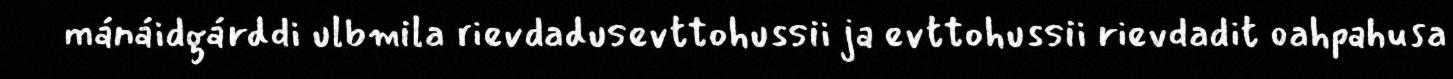
mánáidgárddi ulbmila rievdadusevttohussii ja evttohussii rievdadit oahpahusa